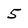
Character: 5